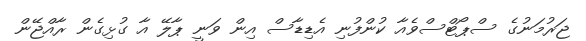
ޖަރުމަނުގެ ސްޕޯޓްސްވެއާ ކުންފުނި އެޑިޑާސް އިން ވަނީ ޕާލޭ އާ ގުޅިގެން ރާއްޖޭން